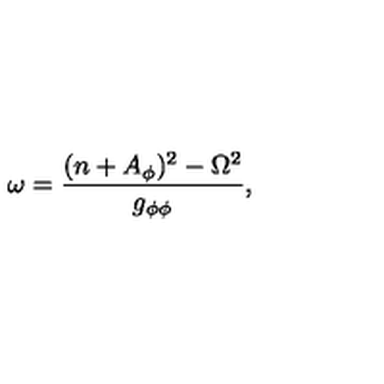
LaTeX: \omega = \frac { ( n + A _ { \phi } ) ^ { 2 } - \Omega ^ { 2 } } { g _ { \phi \phi } } ,